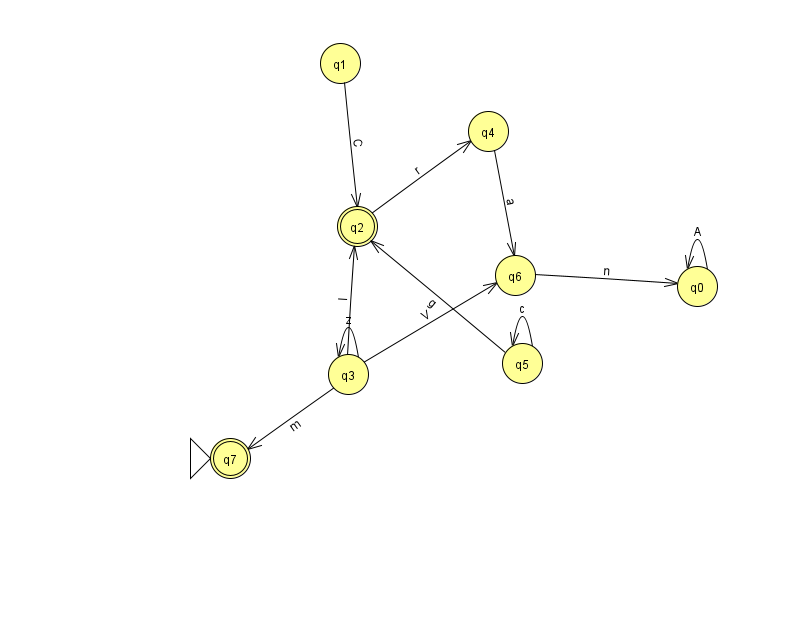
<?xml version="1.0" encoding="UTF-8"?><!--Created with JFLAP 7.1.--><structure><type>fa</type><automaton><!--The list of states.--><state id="0" name="q0"><x>697.0</x><y>273.0</y></state><state id="1" name="q1"><x>340.0</x><y>50.0</y></state><state id="2" name="q2"><x>357.0</x><y>213.0</y><final/></state><state id="3" name="q3"><x>348.0</x><y>361.0</y></state><state id="4" name="q4"><x>488.0</x><y>118.0</y></state><state id="5" name="q5"><x>522.0</x><y>350.0</y></state><state id="6" name="q6"><x>515.0</x><y>262.0</y></state><state id="7" name="q7"><x>230.0</x><y>445.0</y><initial/><final/></state><!--The list of transitions.--><transition><from>0</from><to>0</to><read>A</read></transition><transition><from>5</from><to>5</to><read>c</read></transition><transition><from>6</from><to>0</to><read>n</read></transition><transition><from>3</from><to>6</to><read>V</read></transition><transition><from>3</from><to>2</to><read>l</read></transition><transition><from>3</from><to>3</to><read>z</read></transition><transition><from>4</from><to>6</to><read>a</read></transition><transition><from>1</from><to>2</to><read>C</read></transition><transition><from>3</from><to>7</to><read>m</read></transition><transition><from>5</from><to>2</to><read>g</read></transition><transition><from>2</from><to>4</to><read>r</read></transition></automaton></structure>